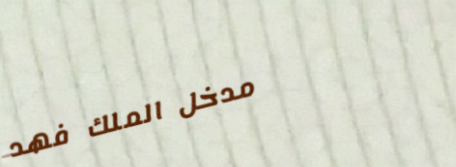
مدخل الملك فهد